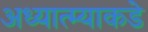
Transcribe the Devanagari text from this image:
अध्यात्म्याकडे